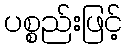
ပစ္စည်းဖြင့်